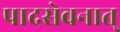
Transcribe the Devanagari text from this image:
पादसेवनात्